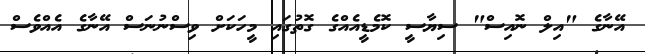
އޭނާގެ "އިލް ނޮއިސް" ސިޔާސީ ކޮމެޑީއެއްގެ ގޮތުގައި މީހަކަށް ވިސްނުނަސް އޭނާގެ އެއްވެސް